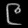
Digit: ၉